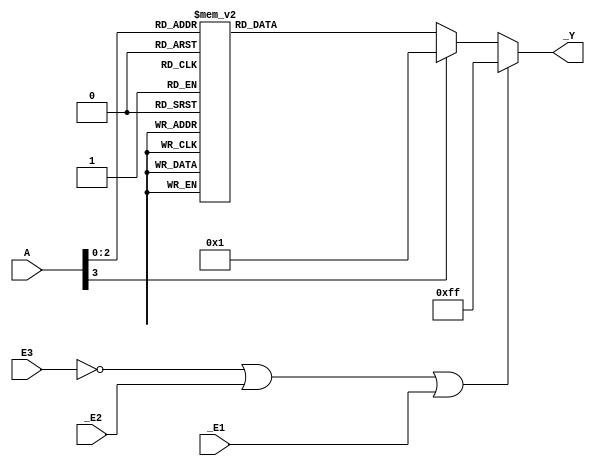
module decoder(
    input [3:0] A,
    input _E1, _E2, E3,
    output reg [7:0] _Y
);
always @ (*)
begin 
    if (E3 == 1'b0 || _E2 == 1'b1 || _E1 == 1'b1) //
    _Y = 8'b1111_1111;
    else //
    begin
        case (A)
        3'h7: _Y = 8'b0111_1111; //Y7
        3'h6: _Y = 8'b1011_1111;
        3'h5: _Y = 8'b1101_1111;
        3'h4: _Y = 8'b1110_1111;
        3'h3: _Y = 8'b1111_0111;
        3'h2: _Y = 8'b1111_1011;
        3'h1: _Y = 8'b1111_1101;
        3'h0: _Y = 8'b1111_1110;
        default: _Y = 8'b1;
        endcase
    end
end
endmodule